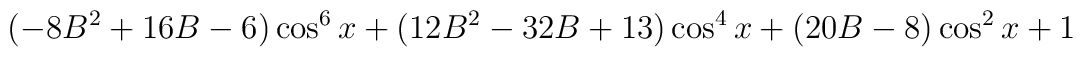
(-8B^2+16B-6)\cos^6x+(12B^2-32B+13)\cos^4x+(20B-8)\cos^2x+1